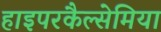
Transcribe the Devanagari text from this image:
हाइपरकैल्सेमिया